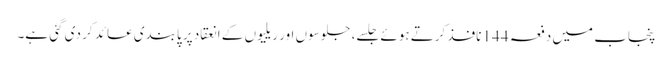
پنجاب میں دفعہ 144 نافذ کرتے ہوئے جلسے، جلوسوں اور ریلیوں کے انعقاد پر پابندی عائد کر دی گئی ہے۔